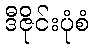
ဒီဇိုင်းပုံစံ